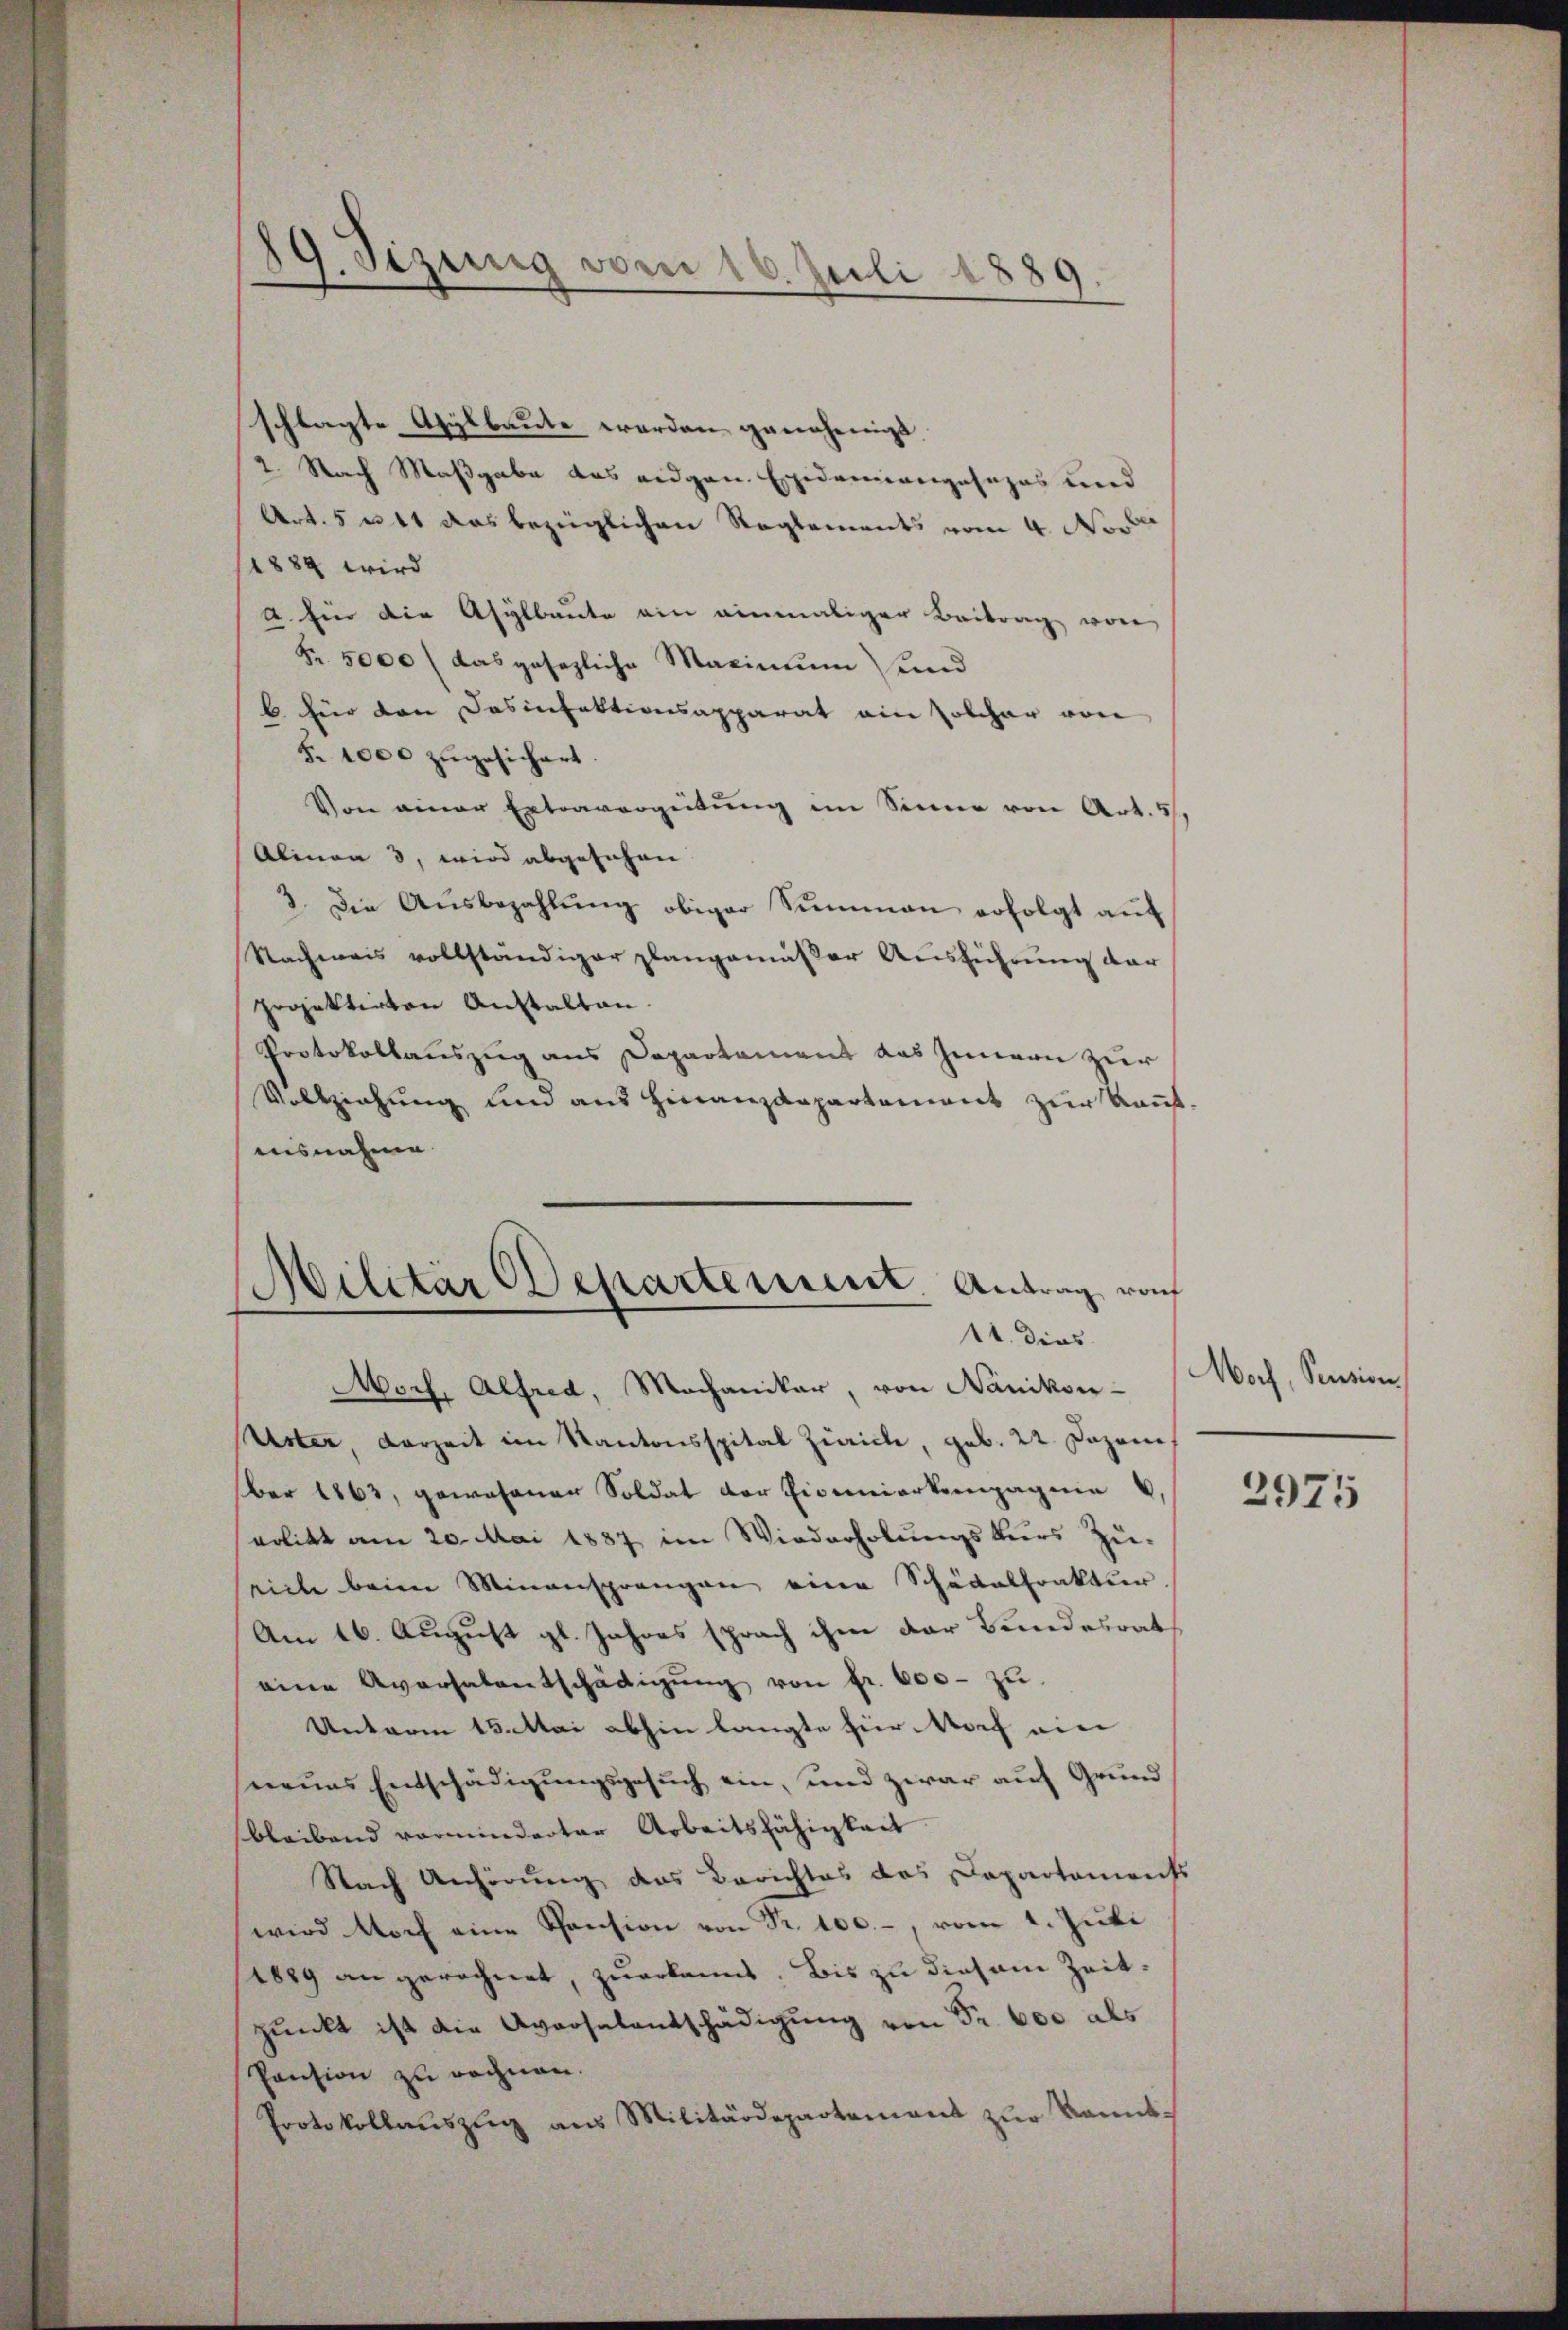
¬
37. Sitzung vom 16. Juli 1889.

schlagte Asylbaute werden genehmigt.
2 Nach Maßgabe das eidgen. Epidemiangesezes und
Art. 5 u 41 das bezüglichen Reglements vom 4. Nov.
1884 wird
1 für die Asylbaute ein einmaliger Beitrag von
Fr. 5000 (das gesezliche Maximum und
6 für den Desinfektionsapparat ain solcher von
§. 1000 zugesichert.
Von einer Extravergeitŭng im Sinne von Art. 5
Alinen 3, wird abgesehen.
3. Die Aŭsbezahlŭng obiger Summen erfolgt auf
Nachmais vollständiger plangemäßer Ausführung dar
projektirten Anstalten.
Protokollauszug aus Departament das Innern zur
Vollziehung und aus Finanzdepartement zur Kant
aisnahme
Militär Departement. Antrag vo
11. dies
Moch, Alfred, Mechaniker, von Nänikon-
Uster, Vorzeit im Kantonsspital Zürich, geb. 22. Dezem
ber 1863, gewohnen Soldat der Eiseniorkampagnie
eolikt am 20. Mai 1887 im Wiederholŭngskurs Zu-
eiche beim Minansprangen eine Schädalfraktur.
Am 16. August gl. Jahres sprach ihm der Bundesrat
eine Aversalentschädigŭng von fr. 600 zu
Unterm 15. Mai abhin langte hier Nach ein
neues Entschädigungsgesuch ein, und zwar auf Grund
bleibend vorminderter Arbeitsfähigkeit
Nach Anhörung das Berichtes das Departaments
wird noch eine Pension von Fr. 100.-, vom 1. Juli
1889 an gerechnet, zuerkannt. Bis zu diesem Zeitpueckt ist die Aversalentschädigung von Fr. 600 als
Pension zu rechnen.
Protokollaŭszŭg ans Militärdepartement zŭr kannt¬

Morf, Pension

2975